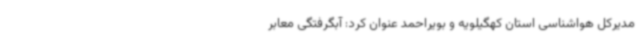
مدیرکل هواشناسی استان کهگیلویه و بویراحمد عنوان کرد: آبگرفتگی معابر